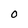
Character: O